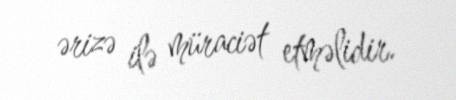
ərizə ilə müraciət etməlidir.